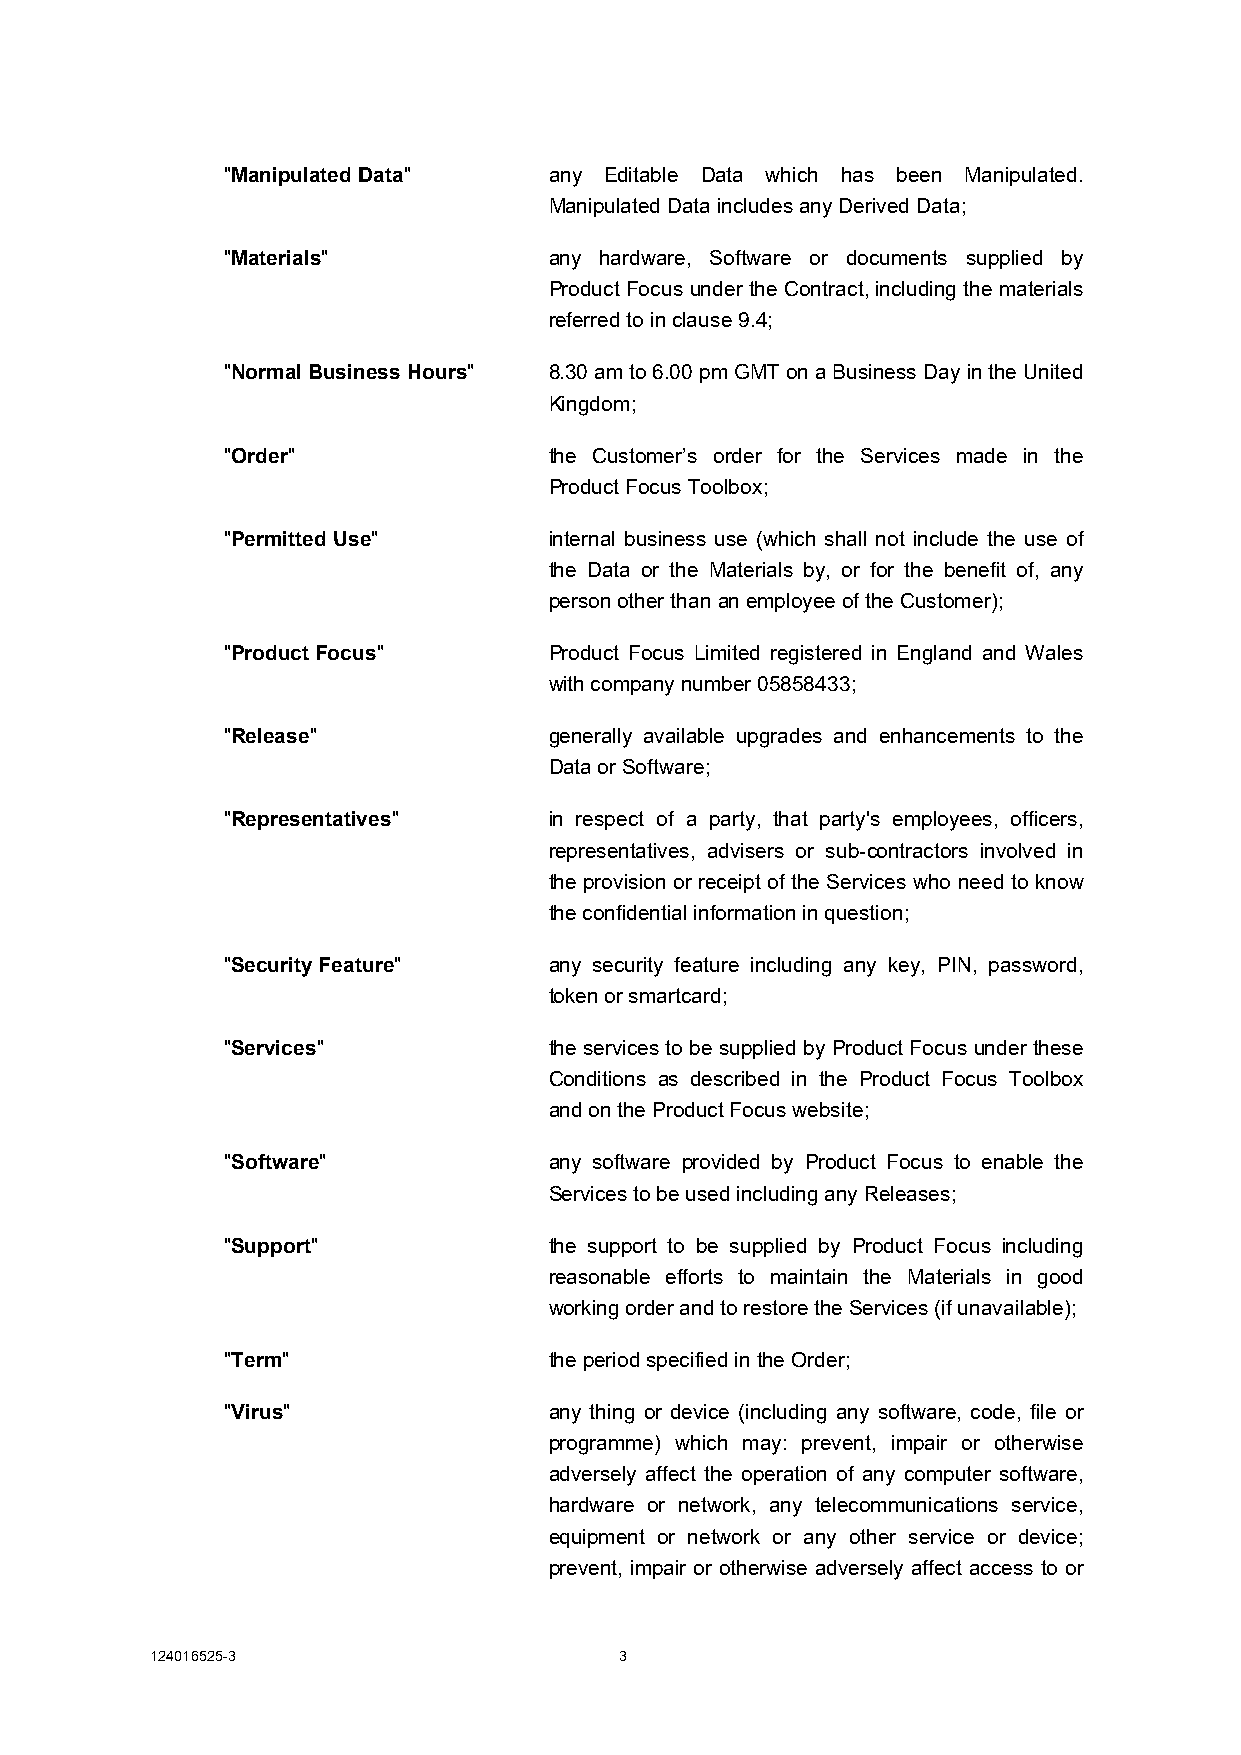
"Manipulated Data"   any Editable Data which has been Manipulated.
 Manipulated Data includes any Derived Data;
 "Materials"          any hardware, Software or documents supplied by
 Product Focus under the Contract, including the materials
 referred to in clause 9.4;
 "Normal Business Hours" 8.30 am to 6.00 pm GMT on a Business Day in the United
 Kingdom;
 "Order"              the Customer’s order for the Services made in the
 Product Focus Toolbox;
 "Permitted Use"      internal business use (which shall not include the use of
 the Data or the Materials by, or for the benefit of, any
 person other than an employee of the Customer);
 "Product Focus"      Product Focus Limited registered in England and Wales
 with company number 05858433;
 "Release"            generally available upgrades and enhancements to the
 Data or Software;
 "Representatives"    in respect of a party, that party's employees, officers,
 representatives, advisers or sub-contractors involved in
 the provision or receipt of the Services who need to know
 the confidential information in question;
 "Security Feature"   any security feature including any key, PIN, password,
 token or smartcard;
 "Services"           the services to be supplied by Product Focus under these
 Conditions as described in the Product Focus Toolbox
 and on the Product Focus website;
 "Software"           any software provided by Product Focus to enable the
 Services to be used including any Releases;
 "Support"            the support to be supplied by Product Focus including
 reasonable efforts to maintain the Materials in good
 working order and to restore the Services (if unavailable);
 "Term"               the period specified in the Order;
 "Virus"              any thing or device (including any software, code, file or
 programme) which may: prevent, impair or otherwise
 adversely affect the operation of any computer software,
 hardware or network, any telecommunications service,
 equipment or network or any other service or device;
 prevent, impair or otherwise adversely affect access to or
 124016525-3                    3